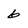
Character: 6